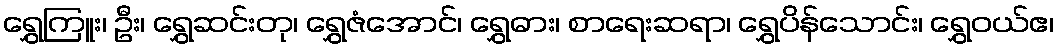
ရွှေကြူး၊ ဦး၊ ရွှေဆင်းတု၊ ရွှေဇံအောင်၊ ရွှေဓား၊ စာရေးဆရာ၊ ရွှေပိန်သောင်း၊ ရွှေဝယ်ဧ၊